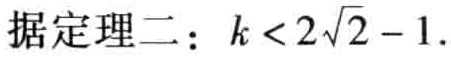
据定理二：\(k < 2\sqrt{2} - 1\).